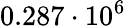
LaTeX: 0.287\cdot 10^{6}